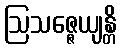
ဩသဇ္ဇေယျန္တိ